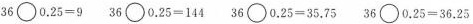
$$3 6 \bigcirc 0 . 2 5 = 9$$ $$3 6 \bigcirc 0 . 2 5 = 1 4 4$$ $$3 6 \bigcirc 0 . 2 5 = 3 5 . 7 5$$ $$3 6 \bigcirc 0 . 2 5 = 3 6 . 2 5$$